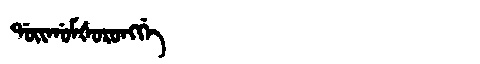
Manchu: ᡩᠣᡳᡤᠣᠮᡧᠣᡵᠣᠩᡤᡝ
Romanization: DOIGOMŠORONGGE